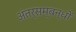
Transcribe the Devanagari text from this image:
अंतर्सम्बन्धों